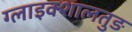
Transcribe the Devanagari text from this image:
ग्लाइक्शालतुङ